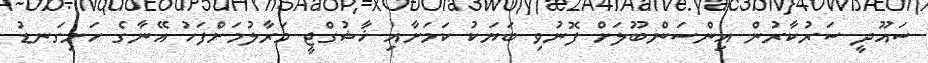
ސައޫދީ ސަރުކާރުން އިންސަންބޫލަށް ފޮނުވި ބަޔަކު ކަމަށާއި ޚާޝުގްޖީ މަރާލުމަށްފަހު އޭނާގެ ހަށިގަނޑު